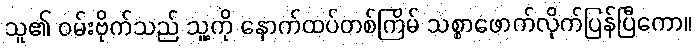
သူ၏ ဝမ်းဗိုက်သည် သူ့ကို နောက်ထပ်တစ်ကြိမ် သစ္စာဖောက်လိုက်ပြန်ပြီကော။